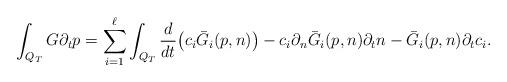
LaTeX: \begin{align*}\int_{Q_T} G\partial_t p=\sum_{i=1}^{\ell}\int_{Q_T} \frac{d}{dt}\big(c_i\bar{G}_i(p,n)\big)-c_i\partial_n\bar{G}_i(p,n)\partial_t n-\bar{G}_i(p,n)\partial_t c_i.\end{align*}